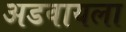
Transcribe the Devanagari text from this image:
अडवायला